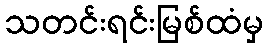
သတင်းရင်းမြစ်ထံမှ